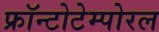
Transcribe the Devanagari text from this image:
फ्रॉन्टोटेम्पोरल